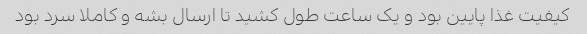
کیفیت غذا پایین بود و یک ساعت طول کشید تا ارسال بشه و کاملا سرد بود